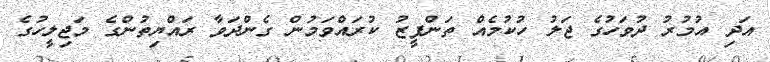
އަދި އުމުރު ދުވަހުގެ ޖަލު ހުކުމެއް ތަންފީޒު ކުރައްވަމުން ގެންދަވާ ރައްޔިތުންގެ މަޖިލީހުގެ